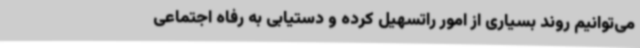
می‌توانیم روند بسیاری از امور راتسهیل کرده و دستیابی به رفاه اجتماعی